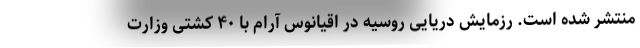
منتشر شده است. رزمایش دریایی روسیه در اقیانوس آرام با ۴۰ کشتی وزارت